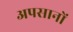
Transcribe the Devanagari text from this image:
अपसानों